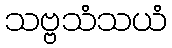
သဗ္ဗသံသယံ